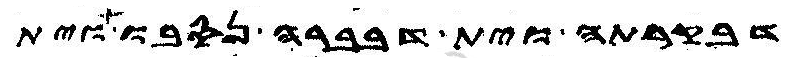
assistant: דבקרתה וית דבברה נסבו וית